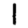
Digit: 1